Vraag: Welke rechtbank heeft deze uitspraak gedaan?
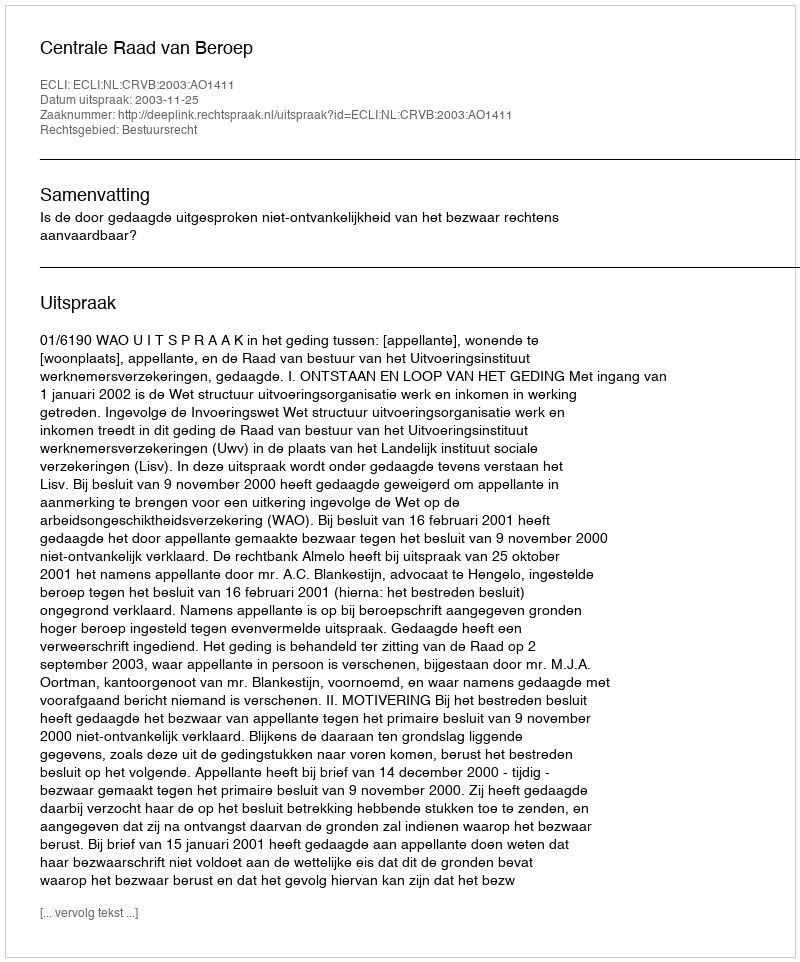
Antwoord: Centrale Raad van Beroep